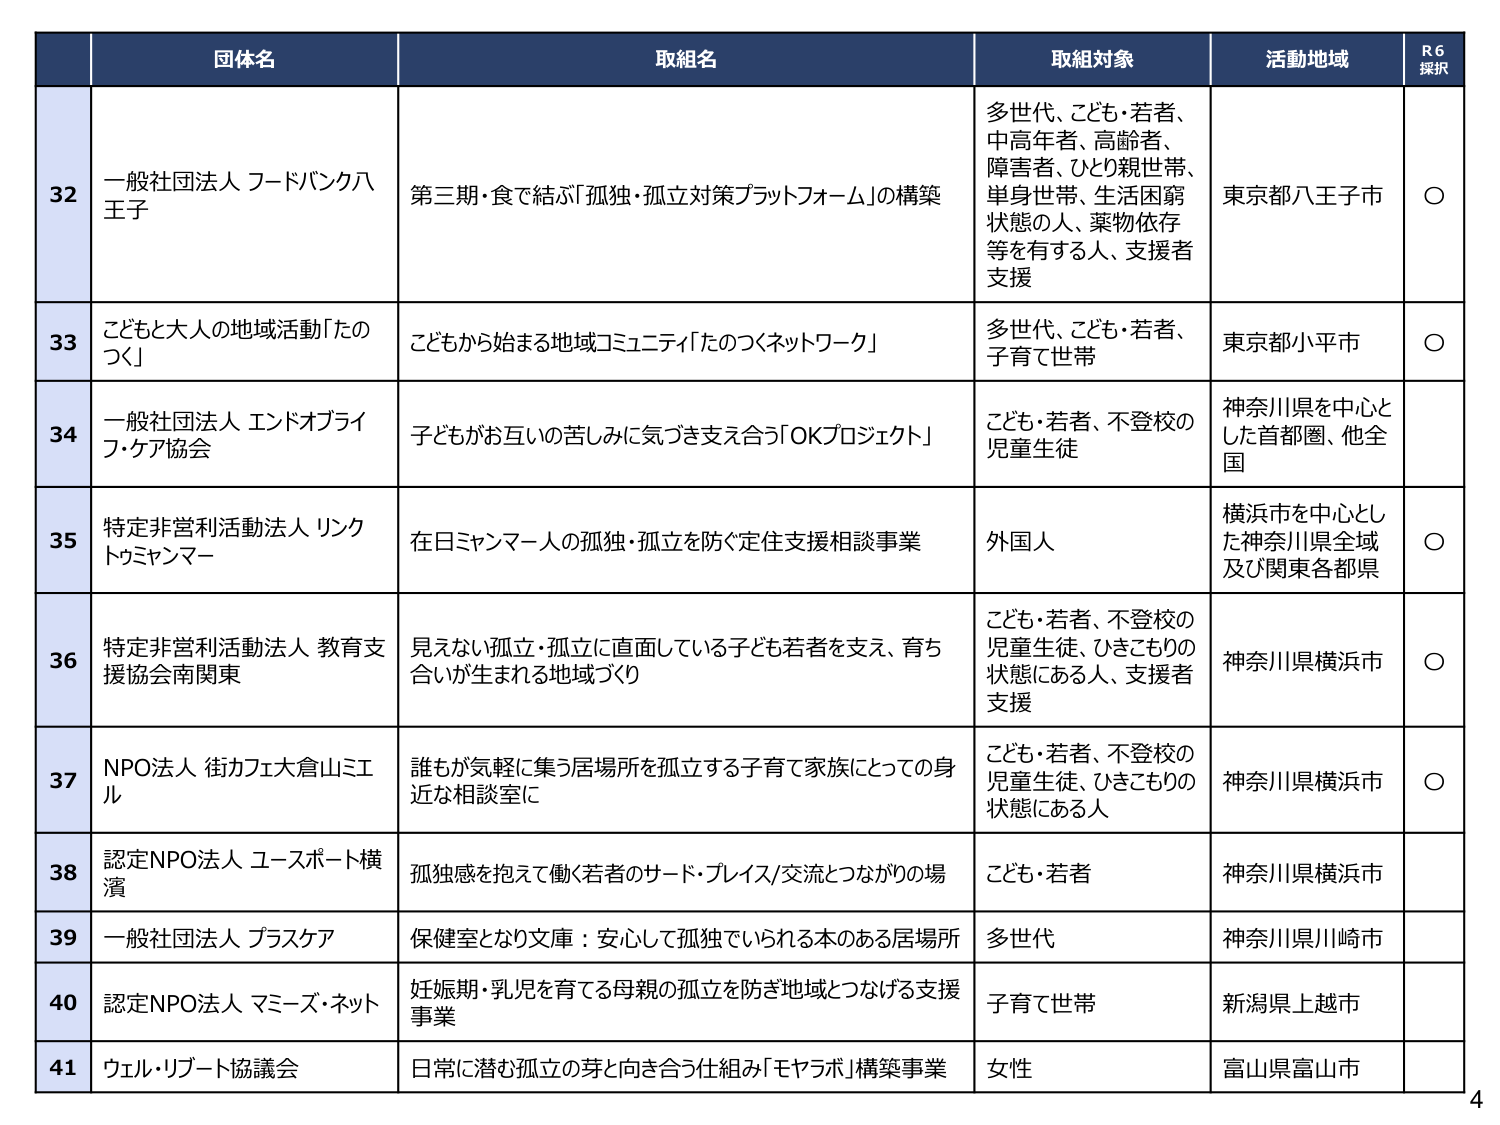
32 一般社団法人 フードバンク八王子 第三期・食で結ぶ「孤独・孤立対策プラットフォーム」の構築 多世代、こども・若者、中高年者、高齢者、障害者、ひとり親世帯、単身世帯、生活困窮状態の⼈、薬物依存等を有する⼈、⽀援者⽀援 東京都⼋王⼦市 ○
33 こどもと⼤⼈の地域活動「たのつく」 こどもから始まる地域コミュニティ「たのつくネットワーク」 多世代、こども・若者、⼦育て世帯 東京都⼩平市 ○
34 一般社団法人 エンドオブライフ・ケア協会 子どもがお互いの苦しみに気づき支え合う「OKプロジェクト」 こども・若者、不登校の児童生徒 神奈川県を中⼼とした⾸都圏、他全国
35 特定⾮営利活動法⼈ リンクトゥミャンマー 在⽇ミャンマー⼈の孤独・孤立を防ぐ定住⽀援相談事業 外国⼈ 横浜市を中⼼とした神奈川県全域及び関東各都県 ○
36 特定⾮営利活動法⼈ 教育⽀援協会南関東 見えない孤独・孤立に直⾯している⼦ども若者を⽀え、育ち合いが⽣まれる地域づくり こども・若者、不登校の児童⽣徒、ひきこもりの状態にある⼈、⽀援者⽀援 神奈川県横浜市 ○
37 NPO法⼈ 街カフェ⼤倉⼭ミエル 誰もが気軽に集う居場所を孤立する⼦育て家族にとっての⾝近な相談室に こども・若者、不登校の児童⽣徒、ひきこもりの状態にある⼈ 神奈川県横浜市 ○
38 認定NPO法⼈ ユースポート横濱 孤独感を抱えて働く若者のサード・プレイス/交流とつながりの場 こども・若者 神奈川県横浜市
39 一般社団法人 プラスケア 保健室となり⽂庫：安⼼して孤独でいられる本のある居場所 多世代 神奈川県川崎市
40 認定NPO法⼈ マミーズ・ネット 妊娠期・乳児を育てる⺟親の孤独を防ぎ地域とつなげる⽀援事業 ⼦育て世帯 新潟県上越市
41 ウェル・リブート協議会 ⽇常に潜む孤独の芽と向き合う仕組み「モヤラボ」構築事業 ⼥性 富⼭県富⼭市
4